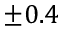
\pm 0 . 4